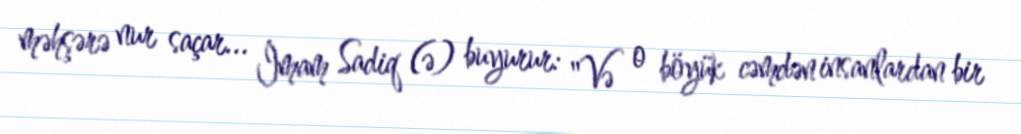
məhşərə nur saçar... İmam Sadiq (ə) buyurur: "Və o böyük cəmdən insanlardan bir